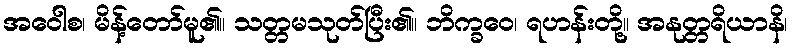
အဝေါစ၊ မိန့်တော်မူ၏။ သတ္တမသုတ်ပြီး၏။ ဘိက္ခဝေ၊ ရဟန်းတို့။ အနုတ္တရိယာနိ၊